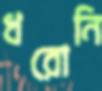
ধরোনি